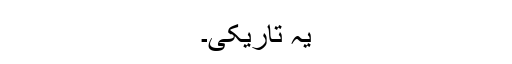
یہ تاریکی۔